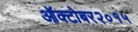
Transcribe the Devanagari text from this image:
ऑक्टोबर२०१५